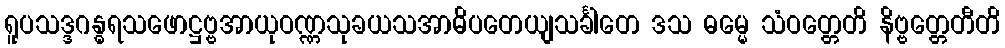
ရူပသဒ္ဒဂန္ဓရသဖောဋ္ဌဗ္ဗအာယုဝဏ္ဏသုခယသအာဓိပတေယျသင်္ခါတေ ဒသ ဓမ္မေ သံဝတ္တေတိ နိဗ္ဗတ္တေတီတိ